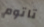
تاتوم